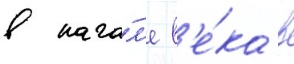
в нача́л'е в'е́ка в